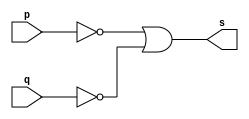
// -------------------------
// Exemplo0010 - NAND
// Nome: Guilherme Augusto Bueno Borba
// -------------------------
// -------------------------
// -- and gate
// -------------------------
module nandgate ( output s, 
                           input  p, 
                           input  q);
assign s = ~p | ~q;
endmodule // nandgate
// ---------------------
// -- test and gate
// ---------------------
module testnandgate;
// ------------------------- dados locais
   reg   a, b; // definir registradores
wire  s;    // definir conexao (fio)
// ------------------------- instancia
   nandgate NAND1 (s, a, b);
// ------------------------- preparacao
   initial begin:start
                   // atribuicao simultanea
// dos valores iniciais
      a=0; b=0;
   end// ------------------------- parte principal
   initial begin
         $display("Exemplo0006 - Guilherme Augusto Bueno Borba - 451564");
         $display("Test NAND gate");
         $display("\n~p | ~q = s\n");
              #1   $monitor("(%b' | %b') = %b", a, b, s);
        #1   a=0; b=1;
			 #1 a=1;b=1;
			  #1 a=1;b=0;
			  #1 a=0;b=0;
    
  end
endmodule // testnandgate